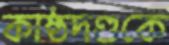
কাষ্ঠদণ্ডকে